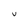
Character: U